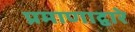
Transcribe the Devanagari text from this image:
प्रमाणाद्वारे